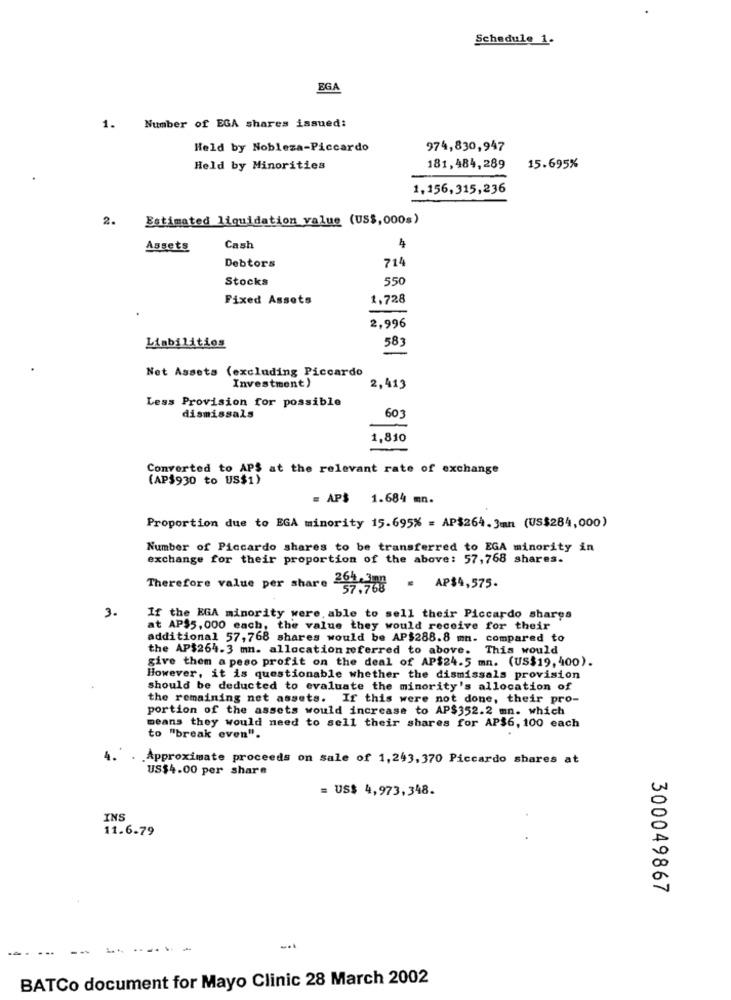
Schedule 1-
EGA
1.
Number of EGA shares issued:
Held by Nobleza-Piccardo
974,830,947
Held by Minorities
181,484,289
15.695%
1,156,315,236
2.
Estimated liquidation value (US$,000s)
Assets
Cash
714
Debtors
Stocks
550
Fixed Assets
1.728
2,996
583
Liabilities
Net Assets (excluding Piccardo
Investment)
2,413
Less Provision for possible
60
dismissals
1,810
Converted to APS at the relevant rate of exchange
(AP$930 to US$1)
= AP$ 1.684 mn.
Proportion due to EGA minority 15.695% = AP$264.3mn (US$284,000)
Number of Piccardo shares to be transferred to EGA minority in
exchange for their proportion of the above: 57,768 shares.
Therefore value per share 264 378 = AP$4,575.
3.
If the EGA minority were, able to sell their Piccardo sharga
at AP$5, 000 each, the value they would receive for their
additional 57,768 shares would be AP$288.8 mm. compared to
the AP$264.3 mn. allocation referred to above. This would
give them a peso profit on the deal of AP$24-5 mn. (US$19, 400).
However, it is questionable whether the dismissals provision
should be deducted to evaluate the minority's allocation of
the remaining net assets. If this were not done, their pro-
portion of the assets would increase to AP$352.2 mn. which
means they would need to sell their shares for AP$6, 100 each
to "break even".
.Approximate proceeds on sale of 1,243,370 Piccardo shares at
US$4.00 per share
= US$ 4,973,348.
INS
11.6.79
300049867
...
.....-
BATCo document for Mayo Clinic 28 March 2002